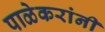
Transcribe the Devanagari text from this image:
पाळेकरांनी